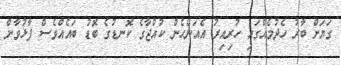
ގަޔަށް ބާރު ހެދުމެއްގައި ހުރިއިރު އެއަންހެން ކުއްޖާގެ ކޮނޑުގެ ބޮޑު ބައެއްވެސް ފާޅުވާން